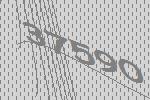
37590